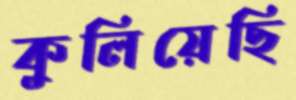
কুলিয়েছি